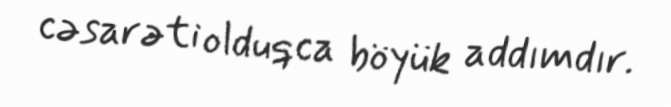
cəsarəti olduqca böyük addımdır.